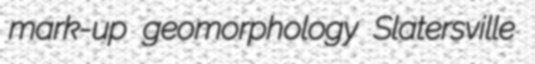
mark-up geomorphology Slatersville